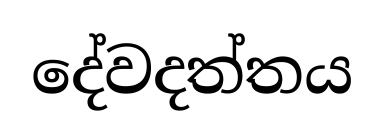
දේවදත්තය